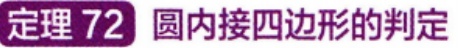
定理 72 圆内接四边形的判定